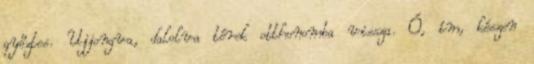
győztes. Ujjongva, dalolva térek otthonomba vissza. Ó, ím, készen